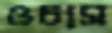
ওচাস